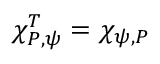
\chi _ { P , \psi } ^ { T } = \chi _ { \psi , P }